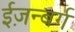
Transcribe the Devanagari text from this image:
ईज़न्बर्ग